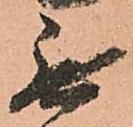
無